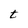
Character: t